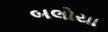
બલોયા